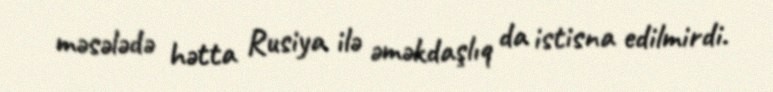
məsələdə hətta Rusiya ilə əməkdaşlıq da istisna edilmirdi.